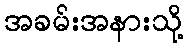
အခမ်းအနားသို့